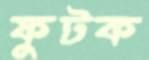
ফুটক